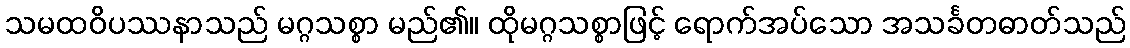
သမထဝိပဿနာသည် မဂ္ဂသစ္စာ မည်၏။ ထိုမဂ္ဂသစ္စာဖြင့် ရောက်အပ်သော အသင်္ခတဓာတ်သည်